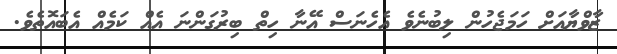
ޒާވްޔާއަށް ހަމަޖެހުން ލިބުނެވެ އެހެނަސް އޭނާ ހިތް ބިރުގަންނަ އެއް ކަމެއް އެބައޮތެވެ.